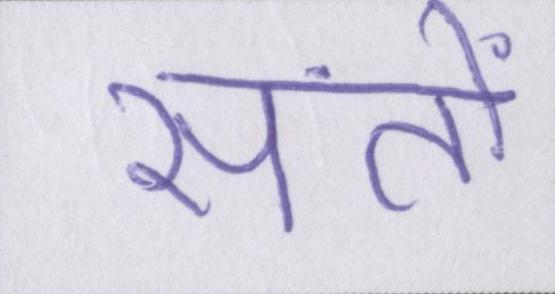
संतों